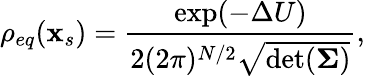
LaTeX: \rho_{eq}(\mathbf{x}_{s})=\frac{\exp(-\Delta U)}{2(2\pi)^{N/2}\sqrt{\operatorname*{det}(\mathbf{\Sigma})}},